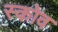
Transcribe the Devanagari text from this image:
स्‍कोव